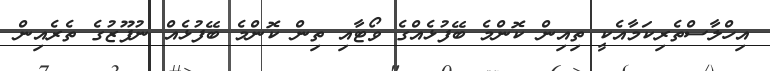
އިހްލާސްތެރިކަމާއެކީ ތިއިން ކޮންމެ ބޭފުޅެއްގެ ވޯޓާއި ތިން ކޮންމެ ބޭފުޅެއް ނުފޫޒުގެ ތެރެއިން